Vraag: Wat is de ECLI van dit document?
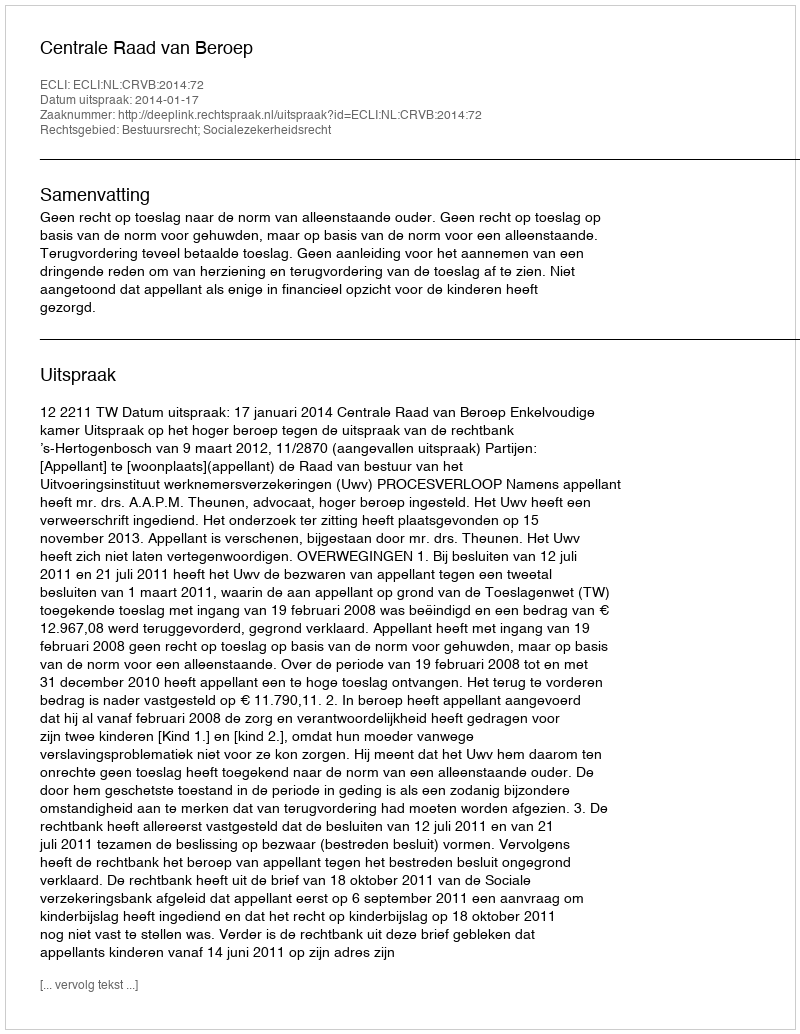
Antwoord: ECLI:NL:CRVB:2014:72